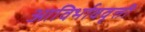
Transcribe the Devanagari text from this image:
आविर्भाववृत्ती